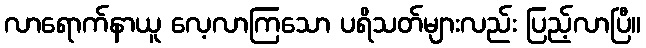
လာရောက်နာယူ လေ့လာကြသော ပရိသတ်များလည်း ပြည့်လာပြီ။